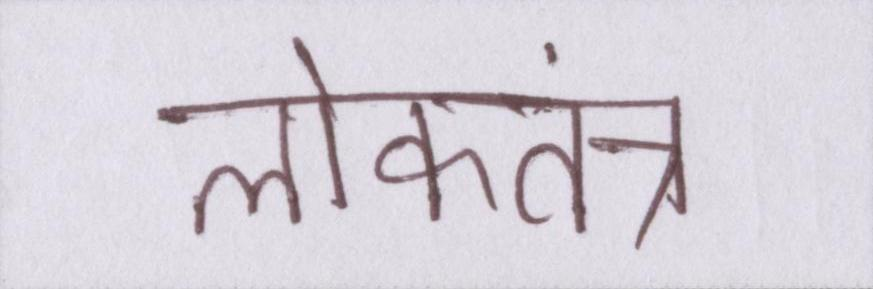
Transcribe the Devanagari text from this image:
लोकतंत्र